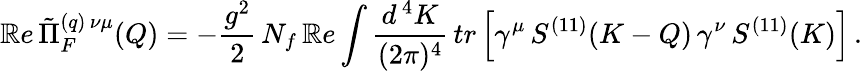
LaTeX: \mathbb{R}e\, \tilde{{\Pi}}_{F}^{(q)\, \nu\mu}(Q)=-\frac{{g^{2}}}{{2}}\, N_{f}\, \mathbb{R}e\int\frac{{d^{\, 4}K}}{{(2\pi)^{4}}}\, tr\left[\gamma^{\mu}\, S^{(11)}(K-Q)\, \gamma^{\nu}\, S^{(11)}(K)\right]\, .